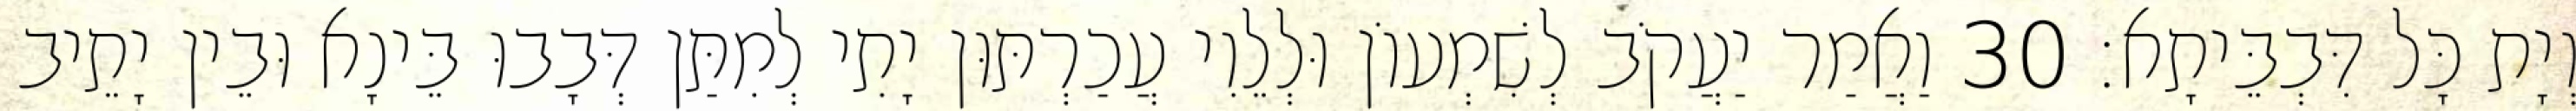
וְיָת כָּל דִּבְבֵּיתָא׃ 30 וַאֲמַר יַעֲקֹב לְשִׁמְעוֹן וּלְלֵוִי עֲכַרְתּוּן יָתִי לְמִתַּן דְּבָבוּ בֵּינָא וּבֵין יָתֵיב